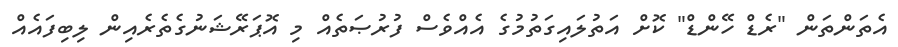
އެތަންތަން "ރެޑް ހޭންޑް" ކޮށް އަތުލައިގަތުމުގެ އެއްވެސް ފުރުޞަތެއް މި އޮޕަރޭޝަނުގެތެރެއިން ލިބިފައެއް